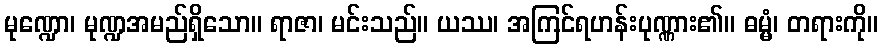
မုဏ္ဍော၊ မုဏ္ဍအမည်ရှိသော။ ရာဇာ၊ မင်းသည်။ ယဿ၊ အကြင်ရဟန်းပုဏ္ဏား၏။ ဓမ္မံ၊ တရားကို။